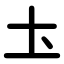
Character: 圡